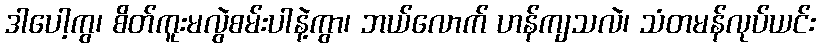
ဒါပေါ့ကွ၊ စိတ်ကူးမလွဲစမ်းပါနဲ့ကွာ၊ ဘယ်လောက် ဟန်ကျသလဲ၊ သံတမန်လုပ်ယင်း